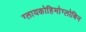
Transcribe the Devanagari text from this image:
ग्लायकोहिमोग्लोबिन